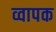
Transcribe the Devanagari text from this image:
व्वापक